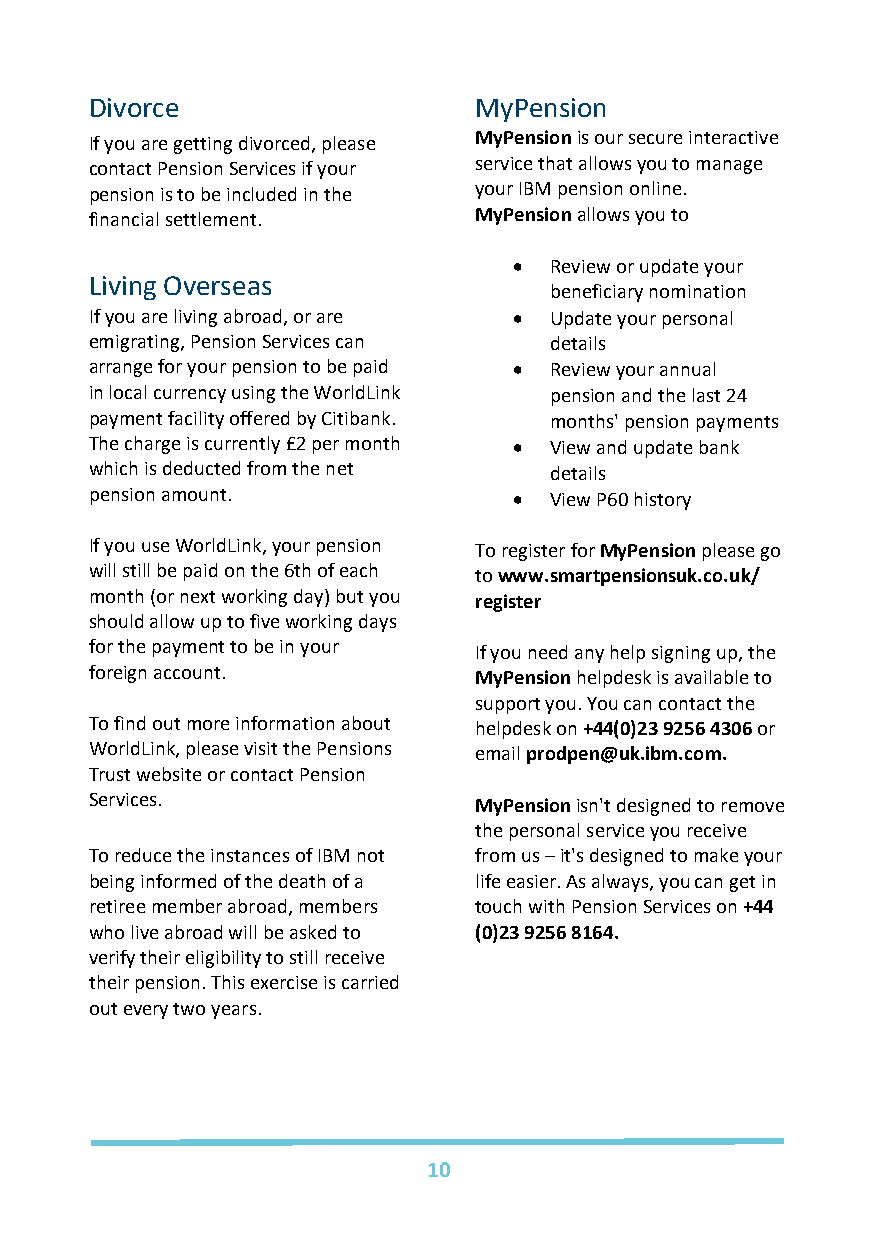
Divorce                  MyPension
 If you are getting divorced, please MyPension is our secure interactive
 contact Pension Services if your service that allows you to manage
 pension is to be included in the your IBM pension online.
 financial settlement.    MyPension allows you to
 • Review or update your
 Living Overseas
 beneficiary nomination
 If you are living abroad, or are • Update your personal
 emigrating, Pension Services can details
 arrange for your pension to be paid • Review your annual
 in local currency using the WorldLink pension and the last 24
 payment facility offered by Citibank. months' pension payments
 The charge is currently £2 per month • View and update bank
 which is deducted from the net details
 pension amount.             • View P60 history
 If you use WorldLink, your pension To register for MyPension please go
 will still be paid on the 6th of each to www.smartpensionsuk.co.uk/
 month (or next working day) but you register
 should allow up to five working days
 for the payment to be in your If you need any help signing up, the
 foreign account.         MyPension helpdesk is available to
 support you. You can contact the
 To find out more information about helpdesk on +44(0)23 9256 4306 or
 WorldLink, please visit the Pensions email prodpen@uk.ibm.com.
 Trust website or contact Pension
 Services.                MyPension isn't designed to remove
 the personal service you receive
 To reduce the instances of IBM not from us – it's designed to make your
 being informed of the death of a life easier. As always, you can get in
 retiree member abroad, members touch with Pension Services on +44
 who live abroad will be asked to (0)23 9256 8164.
 verify their eligibility to still receive
 their pension. This exercise is carried
 out every two years.
 10